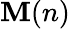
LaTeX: \mathbf{M}(n)